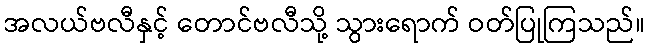
အလယ်ဗလီနှင့် တောင်ဗလီသို့ သွားရောက် ဝတ်ပြုကြသည်။